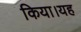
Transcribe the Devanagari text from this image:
किया।यह